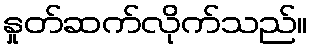
နှုတ်ဆက်လိုက်သည်။